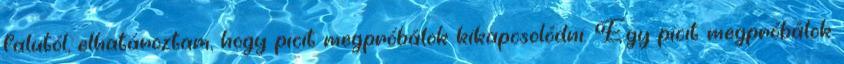
falutól, elhatároztam, hogy picit megpróbálok kikapcsolódni. Egy picit megpróbálok